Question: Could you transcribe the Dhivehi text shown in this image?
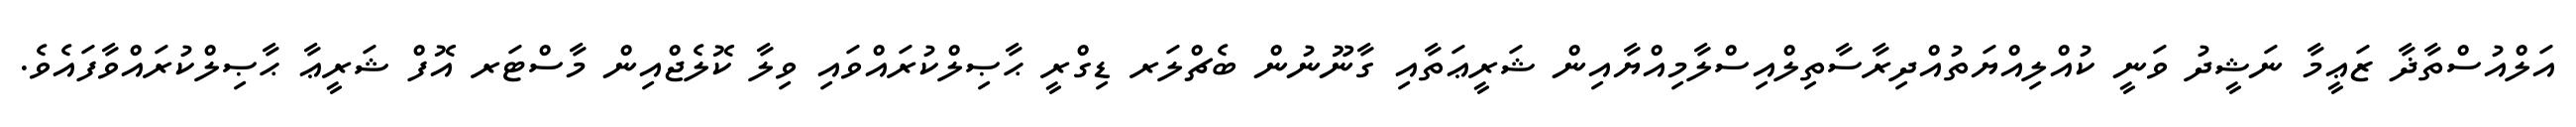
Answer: އަލްއުސްތާޛާ ޒަޢީމާ ނަޝީދު ވަނީ ކުއްލިއްޔަތުއްދިރާސާތިލްއިސްލާމިއްޔާއިން ޝަރީޢަތާއި ގާނޫނުން ބެޗްލަރ ޑިގްރީ ޙާޞިލްކުރައްވައި ވިލާ ކޮލެޖްއިން މާސްޓަރ އޮފް ޝަރީޢާ ޙާޞިލްކުރައްވާފައެވެ.